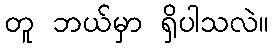
တူ ဘယ်မှာ ရှိပါသလဲ။